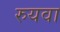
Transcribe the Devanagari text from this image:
रुयवा